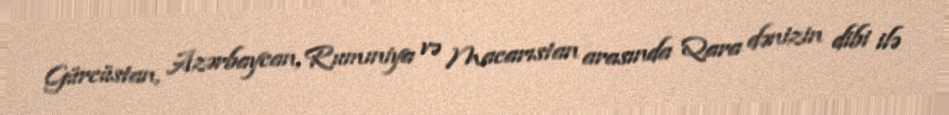
Gürcüstan, Azərbaycan, Rumıniya və Macarıstan arasında Qara dənizin dibi ilə